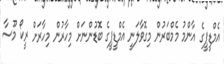
އެމްޑީޕީގެ އާންމު މެމްބަރުން މިގޮވާލަނީ އެމްޑީޕީގެ ބޮޑުންނަށް މިހާރުން މިހާރަށް ރީކޯ މޫސާ